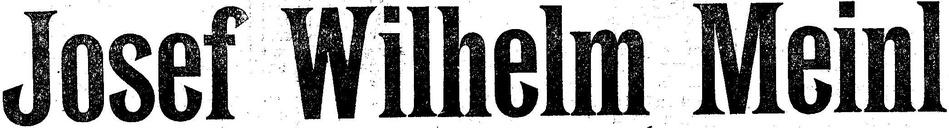
Josef Wilhelm Meinl